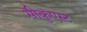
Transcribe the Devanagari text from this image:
सीकुएस्ट